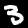
Label: 3